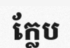
ក្លែប